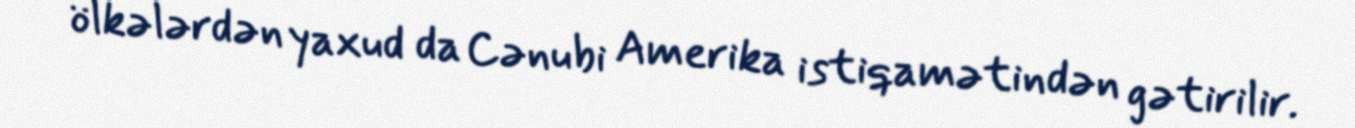
ölkələrdən yaxud da Cənubi Amerika istiqamətindən gətirilir.